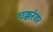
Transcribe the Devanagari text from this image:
चक्करेवर